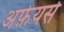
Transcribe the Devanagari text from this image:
अफ़ेयर्स